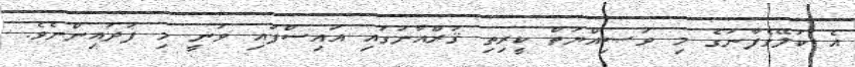
އެ ކަލޭގެފާނުގެ މި ވަޞިއްޔަތް ކީރިތި ޤުރްއާނުގައި އައިސްފައި ވަނީ މި ފަދައިންނެވެ.